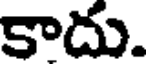
కాదు.